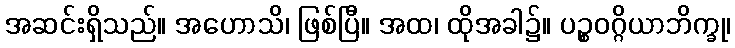
အဆင်းရှိသည်။ အဟောသိ၊ ဖြစ်ပြီ။ အထ၊ ထိုအခါ၌။ ပဉ္စဝဂ္ဂိယာဘိက္ခု၊